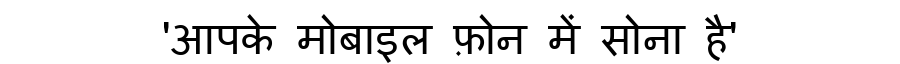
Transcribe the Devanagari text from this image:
'आपके मोबाइल फ़ोन में सोना है'